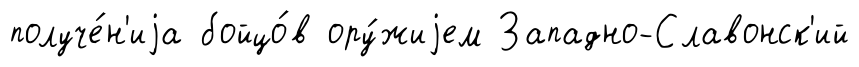
получе́н'иjа бойцо́в ору́жиjем Западно-Славонск'ий